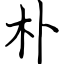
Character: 朴